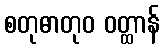
စတုဓာတုဝ ဝတ္ထာန်